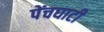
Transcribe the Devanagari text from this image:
पेंचघाटी